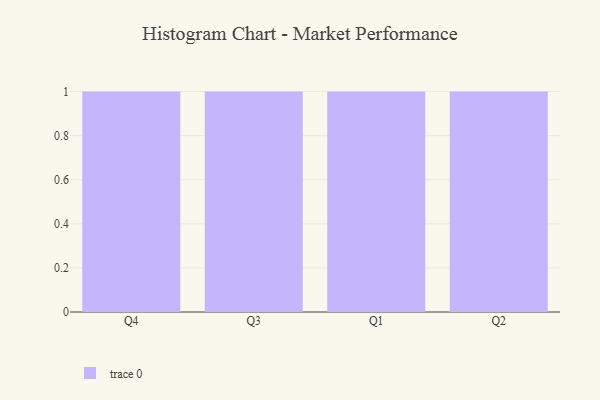
{"axis": {"x": "Quarter", "y": "Budget (USD K)"}, "legend": [""], "data": [{"x": "Q4", "y": 55, "type": ""}, {"x": "Q3", "y": 39, "type": ""}, {"x": "Q1", "y": 64, "type": ""}, {"x": "Q2", "y": 24, "type": ""}]}